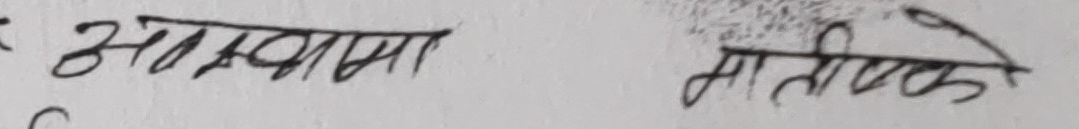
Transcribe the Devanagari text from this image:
आँखामा माथिपट्टि